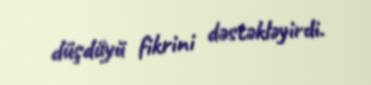
düşdüyü fikrini dəstəkləyirdi.